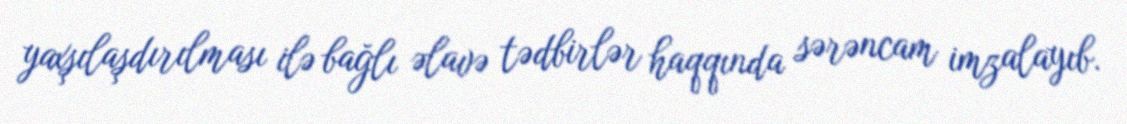
yaxşılaşdırılması ilə bağlı əlavə tədbirlər haqqında sərəncam imzalayıb.